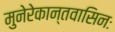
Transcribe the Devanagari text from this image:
मुनेरेकान्तवासिनः